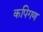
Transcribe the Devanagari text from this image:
कपिगण